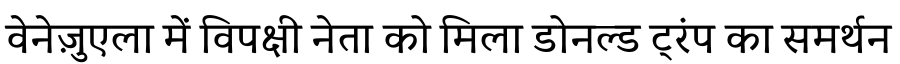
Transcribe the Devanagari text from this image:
वेनेज़ुएला में विपक्षी नेता को मिला डोनल्ड ट्रंप का समर्थन